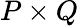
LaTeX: P\times Q